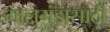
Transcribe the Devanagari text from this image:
गालगुंडासाठी